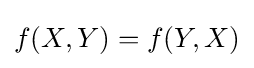
f(X,Y)=f(Y,X)